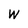
Character: W